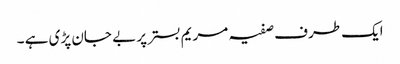
ایک طرف صفیہ مریم بستر پر بے جان پڑی ہے ۔